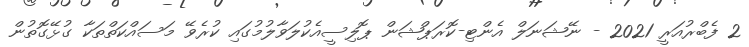
2 ފެބްރުއަރީ 2021 - ނޭޝަނަލް އެންޓި-ކޮރަޕްޝަން ޕޮލިސީއެކުލަވާލުމުގައި ކުރެވޭ މަސައްކަތްތަކާ ގުޅޭގޮތުން